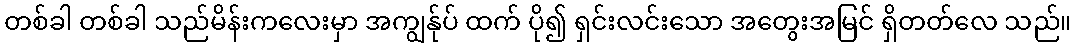
တစ်ခါ တစ်ခါ သည်မိန်းကလေးမှာ အကျွန်ုပ် ထက် ပို၍ ရှင်းလင်းသော အတွေးအမြင် ရှိတတ်လေ သည်။